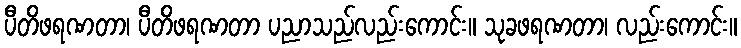
ပီတိဖရဏတာ၊ ပီတိဖရဏတာ ပညာသည်လည်းကောင်း။ သုခဖရဏတာ၊ လည်းကောင်း။